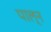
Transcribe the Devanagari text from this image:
पाल्न